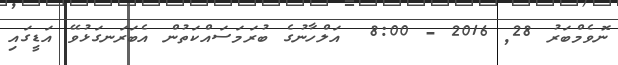
ނޮވެމްބަރު 28